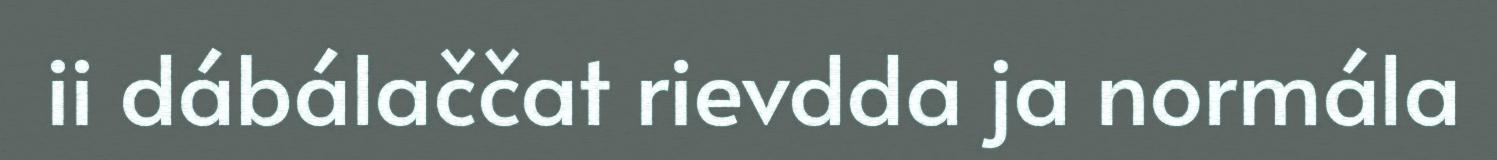
ii dábálaččat rievdda ja normála